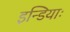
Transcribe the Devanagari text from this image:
इन्डियाः